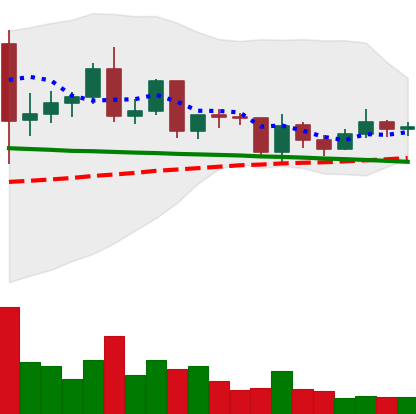
Ticker: ETC-USD
Chart end date: 2020-12-15
Forward return: 6.939%
Label: up_5_7